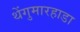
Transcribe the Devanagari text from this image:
थेंगुमारहाडा